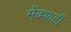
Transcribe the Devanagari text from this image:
मेंढ्याही